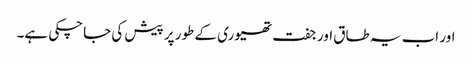
اور اب یہ طاق اور جفت تھیوری کے طور پر پیش کی جاچکی ہے۔